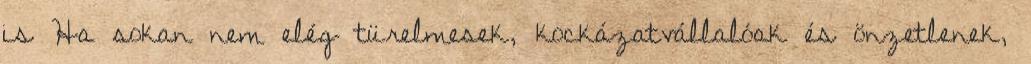
is Ha sokan nem elég türelmesek, kockázatvállalóak és önzetlenek,